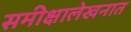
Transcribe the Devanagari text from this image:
समीक्षालेखनात